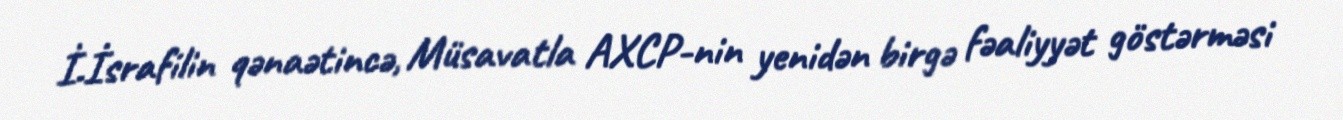
İ.İsrafilin qənaətincə, Müsavatla AXCP-nin yenidən birgə fəaliyyət göstərməsi